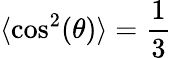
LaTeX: \langle\cos^{2}(\theta)\rangle=\frac{1}{3}